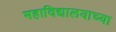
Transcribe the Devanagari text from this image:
महाविद्यालयाच्‍या